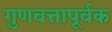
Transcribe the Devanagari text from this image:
गुणवत्तापूर्वक